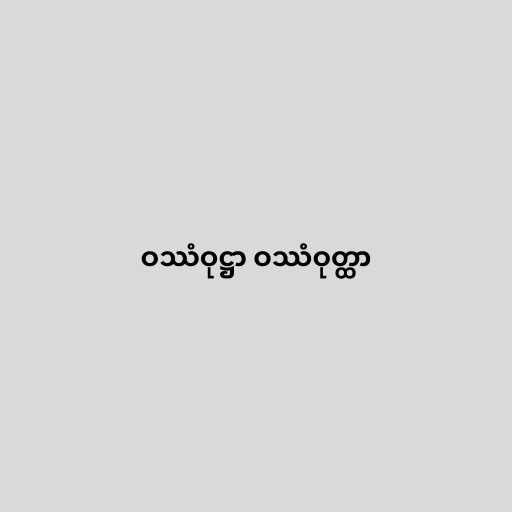
ဝဿံဝုဋ္ဌာ ဝဿံဝုတ္ထာ